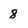
Character: 8